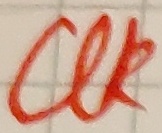
Text: Clk